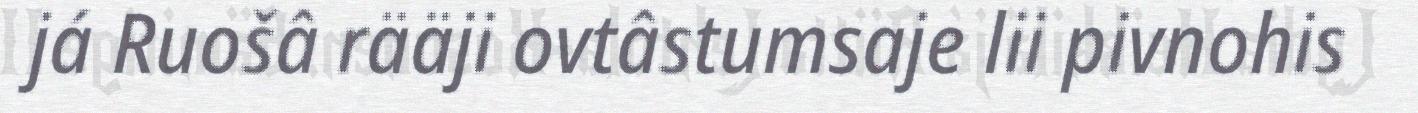
já Ruošâ rääji ovtâstumsaje lii pivnohis